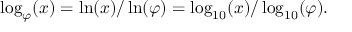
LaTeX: \log _ { \varphi } ( x ) = \ln ( x ) / \ln ( \varphi ) = \log _ { 1 0 } ( x ) / \log _ { 1 0 } ( \varphi ) .